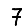
Digit: 7